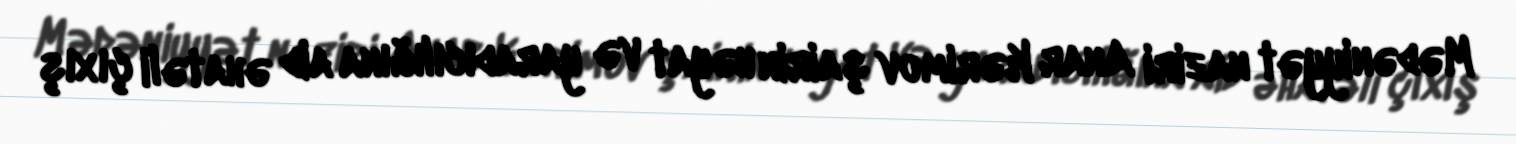
Mədəniyyət naziri Anar Kərimov şairin həyat və yaradıcılığına aid əhatəli çıxış